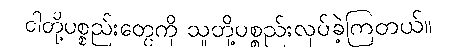
ငါတို့ပစ္စည်းတွေကို သူတို့ပစ္စည်းလုပ်ခဲ့ကြတယ်။